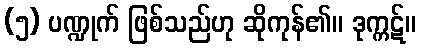
(၅) ပဏ္ဍုက် ဖြစ်သည်ဟု ဆိုကုန်၏။ ဒုက္ကဋ်။